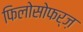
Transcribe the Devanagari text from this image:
फिलोसोफर्ज़